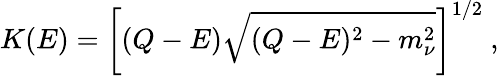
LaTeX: K(E)=\left[(Q-E)\sqrt{(Q-E)^{2}-m_{\nu}^{2}}\right]^{1/2}\ ,